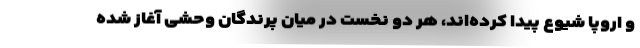
و اروپا شیوع پیدا کرده‌اند، هر دو نخست در میان پرندگان وحشی آغاز شده‌